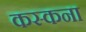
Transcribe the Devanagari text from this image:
कस्कना